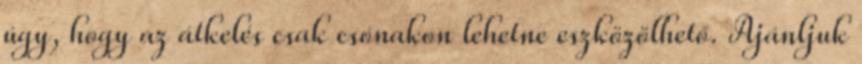
úgy, hogy az átkelés csak csónakon lehetne eszközölhető. Ajánljuk